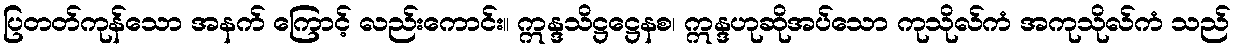
ပြတတ်ကုန်သော အနက် ကြောင့် လည်းကောင်း။ ဣန္ဒသိဋ္ဌဋ္ဌေနစ၊ ဣန္ဒဟုဆိုအပ်သော ကုသိုလ်ကံ အကုသိုလ်ကံ သည်